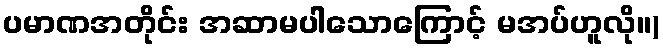
ပမာဏအတိုင်း အဆာမပါသောကြောင့် မအပ်ဟူလို။)